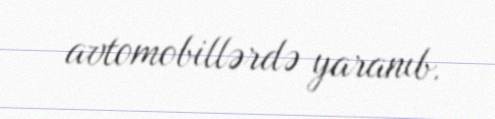
avtomobillərdə yaranıb.